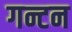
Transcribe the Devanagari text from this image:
गन्टन